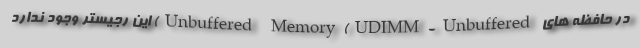
در حافظه های Unbuffered Memory(UDIMM-Unbuffered) این رجیستر وجود ندارد